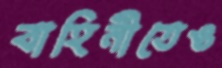
বাহিনীতেও